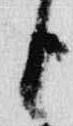
臣